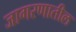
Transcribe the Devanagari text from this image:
जागरणातील